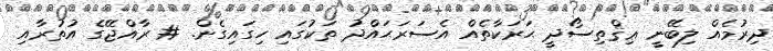
ދިރުމެއް ލިބޭނީ ޢިޤްތިސޯދީ ޙަރަކާތެއް އެސަރަޙައްދު ތަކުގައި ހިގައިގެން. # ރާއްޖޭގެ އުތުރާއި